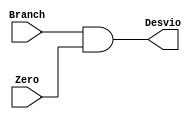
module ALUand (Branch, Zero, Desvio);

  input wire Branch, Zero;
	output reg Desvio;

	always @(*) begin
		Desvio = Branch && Zero;
	end

endmodule